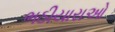
ભઠીયારાઓ